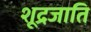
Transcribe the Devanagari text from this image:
शूद्रजाति